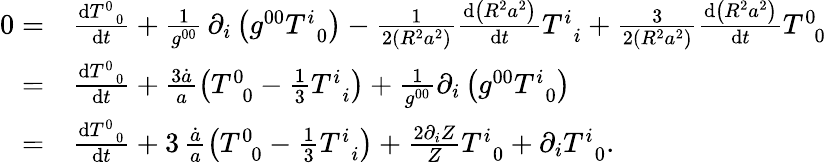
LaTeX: \begin{array}{rl}{0=}&{\frac{\mathrm{d}T_{\, \, \, 0}^{0}}{\mathrm{d}t}+\frac{1}{g^{00}}\, \partial_{i}\left(g^{00}T_{\, \, \, 0}^{i}\right)-\frac{1}{2\left(R^{2}a^{2}\right)}\frac{\mathrm{d}\left(R^{2}a^{2}\right)}{\mathrm{d}t}T_{\, \, \, i}^{i}+\frac{3}{2\left(R^{2}a^{2}\right)}\frac{\mathrm{d}\left(R^{2}a^{2}\right)}{\mathrm{d}t}T_{\, \, \, 0}^{0}}\\ {=}&{\frac{\mathrm{d}T_{\, \, \, 0}^{0}}{\mathrm{d}t}+\frac{3\dot{a}}{a}\left(T_{\, \, \, 0}^{0}-\frac{1}{3}T_{\, \, \, i}^{i}\right)+\frac{1}{g^{00}}\partial_{i}\left(g^{00}T_{\, \, \, 0}^{i}\right)}\\ {=}&{\frac{\mathrm{d}T_{\, \, \, 0}^{0}}{\mathrm{d}t}+3\, \frac{\dot{a}}{a}\left(T_{\, \, \, 0}^{0}-\frac{1}{3}T_{\, \, \, i}^{i}\right)+\frac{2\partial_{i}Z}{Z}T_{\, \, \, 0}^{i}+\partial_{i}T_{\, \, \, 0}^{i}.}\end{array}